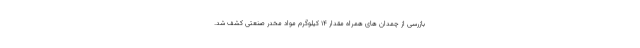
بازرسی از چمدان های همراه مقدار ۱۴ کیلوگرم مواد مخدر صنعتی کشف شد.